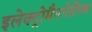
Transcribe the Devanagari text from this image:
इलेक्ट्रोमैगनेटिज्म